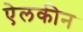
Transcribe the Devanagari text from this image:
ऐलकीन